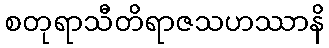
စတုရာသီတိရာဇသဟဿာနိ